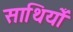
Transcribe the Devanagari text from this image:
साथियोँ